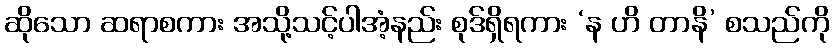
ဆိုသော ဆရာစကား အသို့သင့်ပါအံ့နည်း စုဒ်ရှိရကား ‘န ဟိ တာနိ’ စသည်ကို